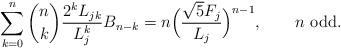
LaTeX: \begin{align*}\sum_{k = 0}^n \binom nk \frac{2^kL_{jk}}{L_j^{k}} B_{n - k} = n\Big(\frac{\sqrt5 F_j}{L_j}\Big)^{n - 1},\qquad\mbox{$n$ odd}.\end{align*}